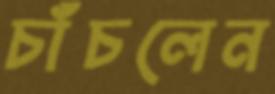
চাঁচলেন